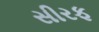
સીરફ